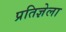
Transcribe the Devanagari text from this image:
प्रतिज्ञेला